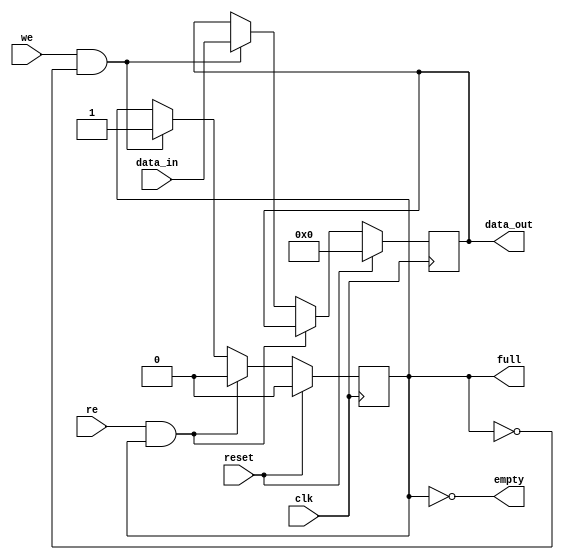
/*
 * @Author: Yihao Wang
 * @Date: 2020-03-09 20:46:57
 * @LastEditTime: 2020-04-07 00:39:58
 * @LastEditors: Please set LastEditors
 * @Description: A sync FIFO with only one location 
                Used as input and output buffer of rounter
 * @FilePath: /EE577b_final_project/project_p1/design/buffer_1loc.v
 */
 `define WIDTH 64
module buffer_1loc 
(
    input clk, reset, // sync hign active reset
    input re, we, //read enable and write enable
    input [`WIDTH - 1:0] data_in,
    output [`WIDTH - 1:0] data_out,
    output full, empty
);
    reg [`WIDTH - 1:0] mem; // memory location

    // flag used to represent empty or full
    // 0 means empty
    // 1 means full
    reg flag;
    assign full = flag;
    assign empty = ~flag;

    wire re_ql, we_ql; // qualified write enable or read enable
    assign re_ql = (re & flag);
    assign we_ql = (we & !flag);

    // sequential logic
    always @(posedge clk)
    begin
        if(reset)
        begin
            flag <= 0; // initial state is empty
            mem <= 0;
        end
        else
        begin
            // only one of re_pl and we_pl can be activated at the same clock
            if(re_ql) flag <= 0;

            else if(we_ql)
                begin
                    mem <= data_in;
                    flag <= 1;
                end
        end
    end

    assign data_out = mem;
    
endmodule
`undef WIDTH